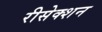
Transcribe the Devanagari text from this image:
रीसेक्शन